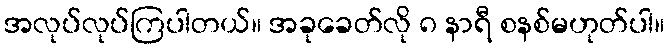
အလုပ်လုပ်ကြပါတယ်။ အခုခေတ်လို ၈ နာရီ စနစ်မဟုတ်ပါ။